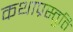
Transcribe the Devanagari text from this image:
कथाप्रस्तुति